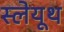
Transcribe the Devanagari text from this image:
स्लेयूथ